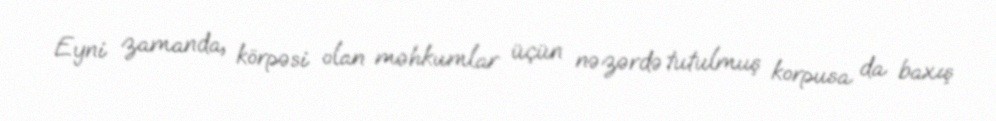
Eyni zamanda, körpəsi olan məhkumlar üçün nəzərdə tutulmuş korpusa da baxış